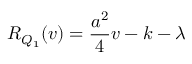
R _ { Q _ { 1 } } ( v ) = \frac { a ^ { 2 } } { 4 } v - k - \lambda